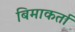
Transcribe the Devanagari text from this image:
बिमाकर्ता